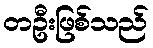
တဦးဖြစ်သည်